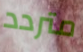
متردد